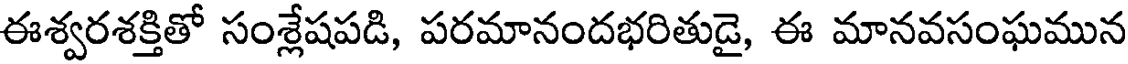
ఈశ్వరశక్తితో సంశ్లేషపడి, పరమానందభరితుడై, ఈ మానవసంఘమున